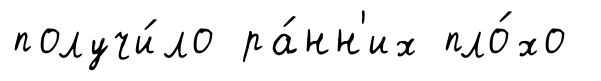
получи́ло ра́нн'их пло́хо